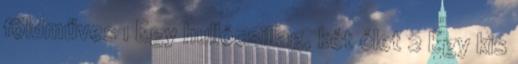
földműves 1 Egy hullócsillag, két élet 2 Egy kis